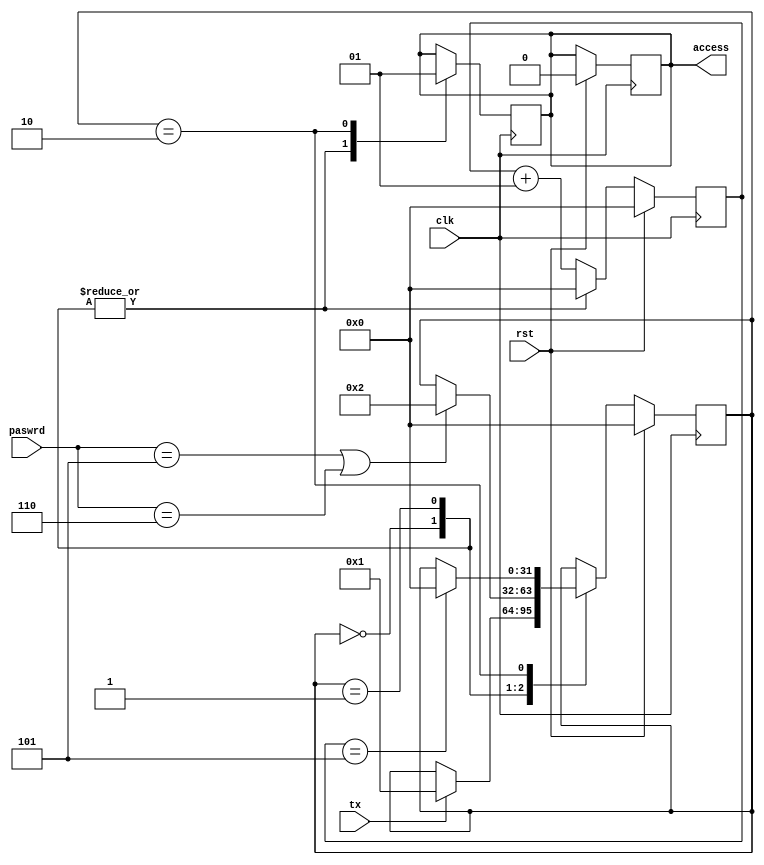
/*
  Name : Rakotojaona Nambinina
  email : Andrianoelisoa.Rakotojaona@gmail.com
  Description : Accessing bank example of state Machine 
*/
module access (
              clk,
              rst,
              tx,
              paswrd,
              access
              );
  input clk;
  input rst;
  input tx;
  input [3:0] paswrd;
  output reg access;
  
  integer state;
  integer counter ;
  
  always @ (posedge clk)
    begin
      if (rst)
        begin
          access <= 0;
          state <= 0;
          counter <= 0;
        end 
      else
       begin
         counter <= counter + 1;
         case (state)
           0:
             begin
               counter <= 0;
               if (tx)
                 begin
                   state <= 1;
                 end 
             end 
           1:
             begin
               counter <= 0;
               if (paswrd == 4'd5 || paswrd == 4'd6)
                 begin
                   state <= 2;
                 end 
             end 
           2:
             begin
               if (counter == 5'd5)
                 begin
                   state <= 0;
                 end
             end 
         endcase
       end 
    end 

  always @ (negedge clk)
    begin
      case (state)
        0:
          begin
            access <= 0;
          end 
        1:
          begin
            access <= 0;
          end
        2:
          begin
            access <= 1;
          end 
      endcase
    end 
endmodule

/*

module tbAccess(

    );
    
  reg clk;
  reg rst;
  reg tx;
  reg [3:0] paswrd;
  wire  access;
     access dut(
              clk,
              rst,
              tx,
              paswrd,
              access
              );
  
  initial
    begin
      clk = 0;
      rst = 1;
      tx =0;
      paswrd = 4'd3;
      #10
      rst =0;
      #50
      tx = 1;
      #30
      paswrd = 4'd5;
    end 
    
  always
    begin
      #5 clk = ! clk;
    end 
  
endmodule

*/